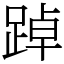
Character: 踔